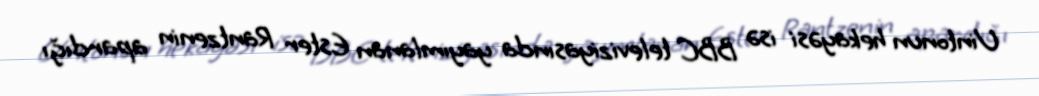
Uintonun hekayəsi isə BBC televiziyasında yayımlanan Ester Rantzenin apardığı